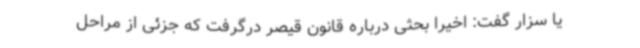
یا سزار گفت: اخیرا بحثی درباره قانون قیصر درگرفت که جزئی از مراحل